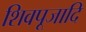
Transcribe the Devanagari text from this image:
शिवपूजादि